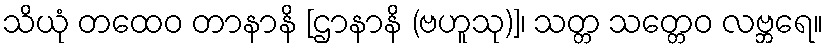
သိယုံ တထေဝ တာနာနိ [ဌာနာနိ (ဗဟူသု)]၊ သတ္တ သတ္တေဝ လဗ္ဘရေ။